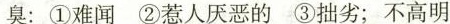
臭：①难闻②惹人厌恶的③拙劣；不高明